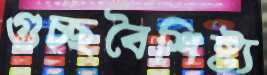
গুচ্ছবৈশিষ্ট্য